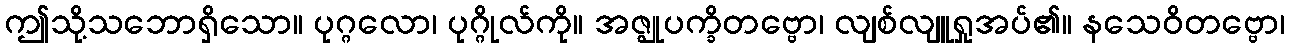
ဤသို့သဘောရှိသော။ ပုဂ္ဂလော၊ ပုဂ္ဂိုလ်ကို။ အဇ္ဈုပက္ခိတဗ္ဗော၊ လျစ်လျူရှုအပ်၏။ နသေဝိတဗ္ဗော၊